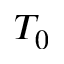
T _ { 0 }